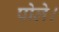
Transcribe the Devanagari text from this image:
पोले।